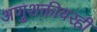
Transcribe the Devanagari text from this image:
अणुशक्तीवरही